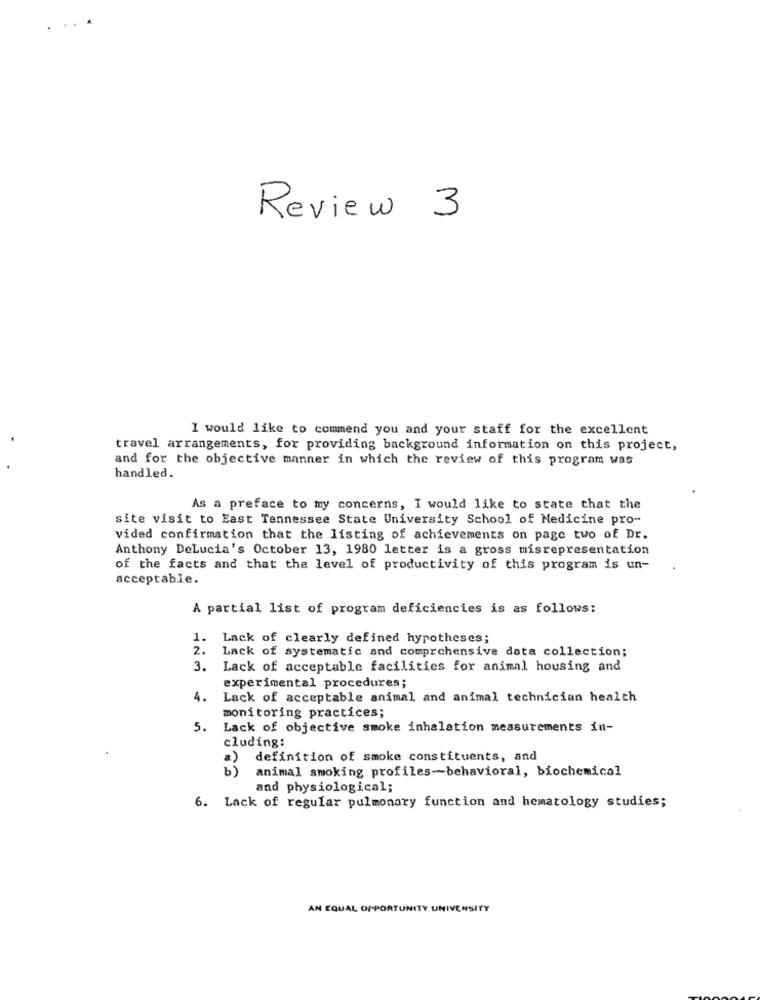
Review 3
I would like to commend you and your staff for the excellent
travel arrangements, for providing background information on this project,
and for the objective manner in which the review of this program was
handled.
As a preface to my concerns, I would like to state that the
site visit to East Tennessee State University School of Medicine pro-
vided confirmation that the listing of achievements on page two of Dr.
Anthony DeLucia's October 13, 1980 letter is a gross misrepresentation
of the facts and that the level of productivity of this program is un-
acceptable.
A partial list of program deficiencies is as follows:
1. Lack of clearly defined hypotheses;
2. Lack of systematic and comprehensive data collection;
3. Lack of acceptable facilities for animal housing and
experimental procedures;
4.
Lack of acceptable animal and animal technician health
monitoring practices;
5.
Lack of objective smoke inhalation measurements in-
cluding:
definition of smoke constituents, and
animal smoking profiles-behavioral, biochemical
and physiological;
6. Lack of regular pulmonary function and hematology studies;
AN EQUAL OPPORTUNITY UNIVERSITY